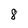
Character: 8